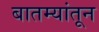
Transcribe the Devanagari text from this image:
बातम्यांतून